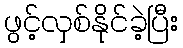
ဖွင့်လှစ်နိုင်ခဲ့ပြီး